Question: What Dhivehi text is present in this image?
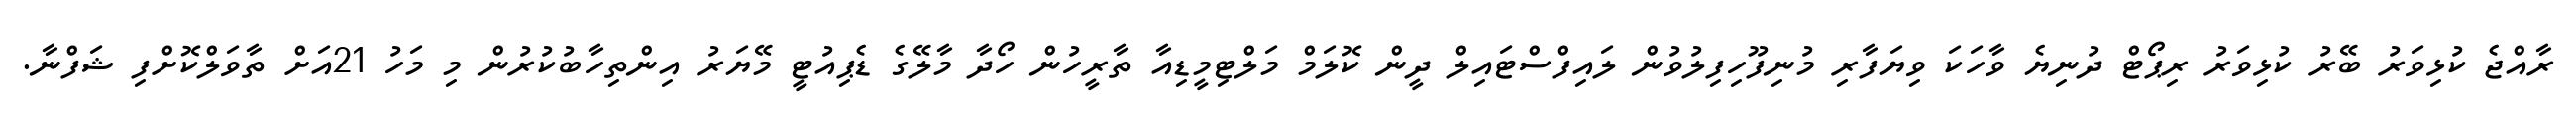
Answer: ރާއްޖެ ކުޅިވަރު ބޭރު ކުޅިވަރު ރިޕޯޓް ދުނިޔެ ވާހަކަ ވިޔަފާރި މުނިފޫހިފިލުވުން ލައިފްސްޓައިލް ދީން ކޮލަމް މަލްޓިމީޑިއާ ތާރީހުން ހޯދާ މާލޭގެ ޑެޕިއުޓީ މޭޔަރު އިންތިހާބުކުރުން މި މަހު 21އަށް ތާވަލްކޮށްފި ޝަފްނާ.